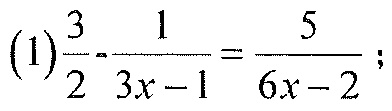
\((1)\frac{3}{2}-\frac{1}{3x - 1}=\frac{5}{6x - 2}\);